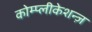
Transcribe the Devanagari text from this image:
कोम्प्लीकेशन्ज़